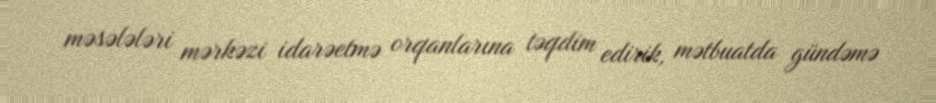
məsələləri mərkəzi idarəetmə orqanlarına təqdim edirik, mətbuatda gündəmə